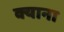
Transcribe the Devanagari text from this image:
क्याना